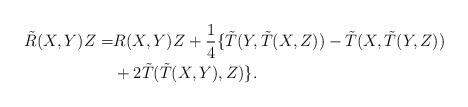
LaTeX: \begin{align*}\tilde R(X,Y)Z=&R(X,Y)Z+\frac14\{\tilde T(Y,\tilde T(X,Z))-\tilde T(X,\tilde T(Y,Z)) \\&+2\tilde T(\tilde T(X,Y),Z)\}.\end{align*}